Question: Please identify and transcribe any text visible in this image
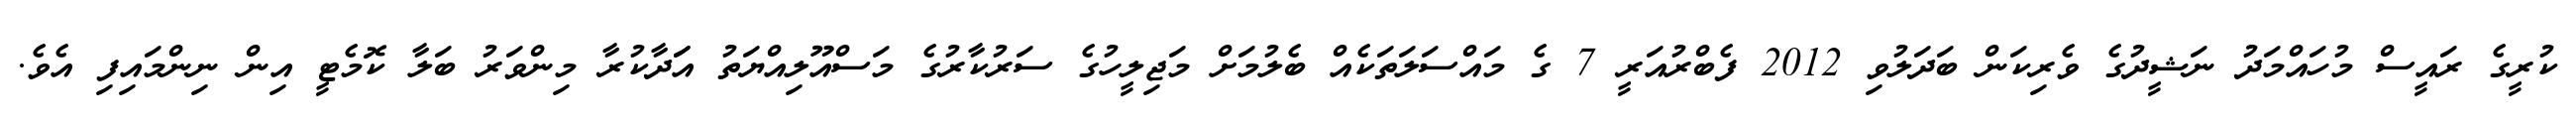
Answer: ކުރީގެ ރައީސް މުހައްމަދު ނަޝީދުގެ ވެރިކަން ބަދަލުވި 2012 ފެބްރުއަރީ 7 ގެ މައްސަލަތަކެއް ބެލުމަށް މަޖިލީހުގެ ސަރުކާރުގެ މަސްއޫލިއްޔަތު އަަދާކުރާ މިންވަރު ބަލާ ކޮމެޓީ އިން ނިންމައިފި އެވެ.